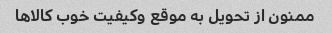
ممنون از تحویل به موقع وکیفیت خوب کالاها